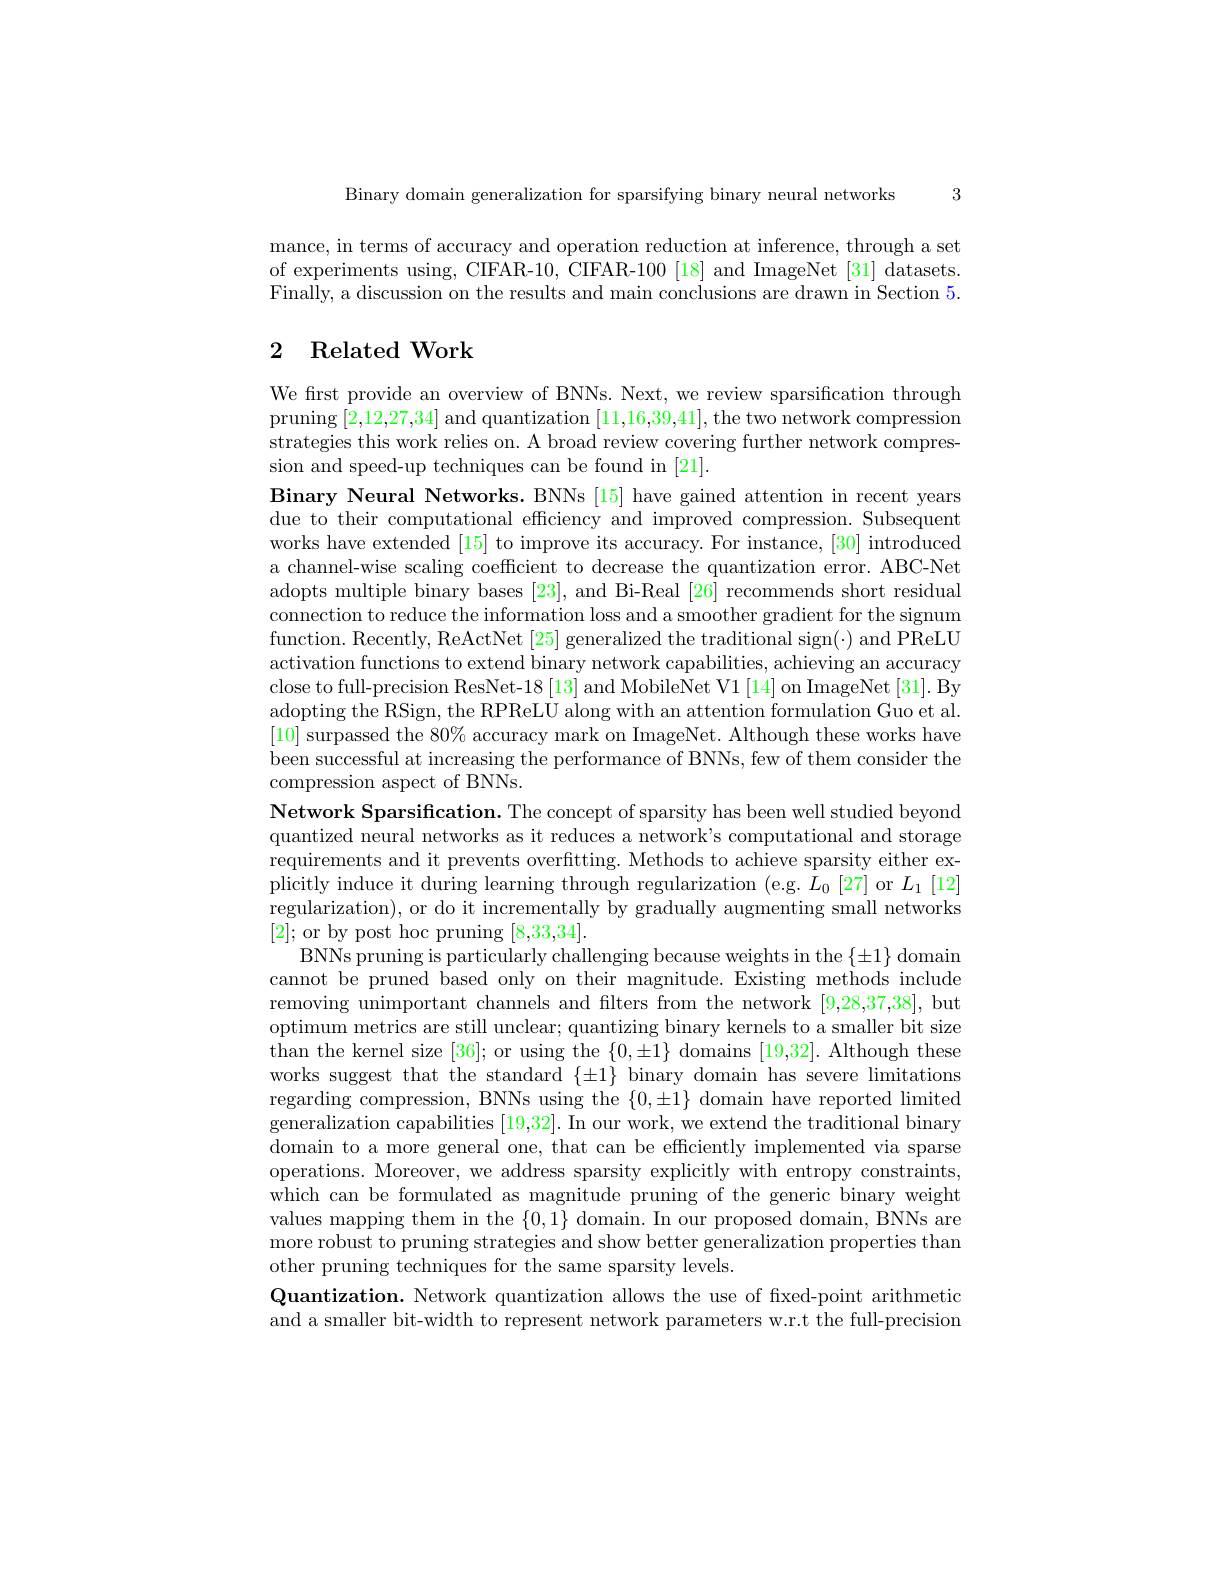
Binary domain generalization for sparsifying binary neural networks 3

mance, in terms of accuracy and operation reduction at inference, through a set of experiments using, CIFAR-10, CIFAR-100 [18] and ImageNet [31] datasets. Finally, a discussion on the results and main conclusions are drawn in Section 5.

# 2 Related Work

We first provide an overview of BNNs. Next, we review sparsification through pruning [2,12,27,34] and quantization [11,16,39,41],the two network compression strategies this work relies on. A broad review covering further network compression and speed-up techniques can be found in [21].
Binary Neural Networks. BNNs [15] have gained attention in recent years due to their computational efficiency and improved compression. Subsequent works have extended [15] to improve its accuracy. For instance, [30] introduced a channel-wise scaling coefficient to decrease the quantization error. ABC-Net adopts multiple binary bases [23], and Bi-Real [26] recommends short residual connection to reduce the information loss and a smoother gradient for the signum function. Recently, ReActNet [25] generalized the traditional sign(·) and PReLU activation functions to extend binary network capabilities, achieving an accuracy close to full-precision ResNet-18 [13] and MobileNet V1 [14] on ImageNet [31]. By adopting the RSign, the RPReLU along with an attention formulation Guo et al [10] surpassed the $80\%$ accuracy mark on ImageNet. Although these works have been successful at increasing the performance of BNNs, few of them consider the compression aspect of BNNs.
Network Sparsification. The concept of sparsity has been well studied beyond quantized neural networks as it reduces a network's computational and storage requirements and it prevents overfitting. Methods to achieve sparsity either explicitly induce it during learning through regularization (e.g. $L_0$ [27] or $L_1$ [12] regularization), or do it incrementally by gradually augmenting small networks [2];or by post hoc pruning [8,33,34].
BNNs pruning is particularly challenging because weights in the $\{\pm1\}$ domain cannot be pruned based only on their magnitude. Existing methods include removing unimportant channels and filters from the network [9,28,37,38], but optimum metrics are still unclear; quantizing binary kernels to a smaller bit size than the kernel size [36]; or using the $\{0,\pm1\}$ domains [19,32]. Although these works suggest that the standard $\{\pm1\}$ binary domain has severe limitations regarding compression, BNNs using the $\{0,\pm1\}$ domain have reported limited generalization capabilities [19,32]. In our work, we extend the traditional binary domain to a more general one, that can be effciently implemented via sparse operations. Moreover, we address sparsity explicitly with entropy constraints, which can be formulated as magnitude pruning of the generic binary weight values mapping them in the $\{0,1\}$ domain. In our proposed domain, BNNs are more robust to pruning strategies and show better generalization properties than other pruning techniques for the same sparsity levels.
Quantization. Network quantization allows the use of fixed-point arithmetic and a smaller bit-width to represent network parameters w.r.t the full-precision